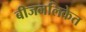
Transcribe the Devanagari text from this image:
बीजनलिकेत